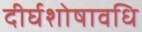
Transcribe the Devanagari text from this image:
दीर्घशोषावधि